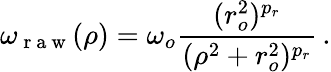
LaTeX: \omega_{\mathrm{~r~a~w~}}(\rho)=\omega_{o}\frac{(r_{o}^{2})^{p_{r}}}{(\rho^{2}+r_{o}^{2})^{p_{r}}}\, .